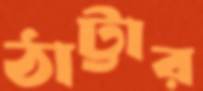
ঠাট্টার